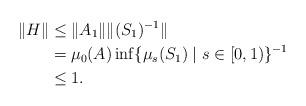
LaTeX: \begin{align*}\| H \| &\leq \| A_1 \| \|(S_1)^{-1} \| \\&= \mu_0(A) \inf \{ \mu_s(S_1) \mid s \in [0,1) \}^{-1} \\&\leq 1.\end{align*}